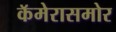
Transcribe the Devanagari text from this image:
कॅमेरासमोर